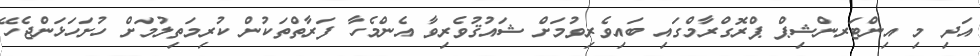
އަދި މި އިންޓަރންޝިޕް ޕްރޮގްރާމްގައި ބައިވެރިވުމަށް ޝައުޤުވެރިވާ އެންމެހާ ފަރާތްތަކުން ކުރިމަތިލުމަށް ހުށަަހަޅަންޖެހޭ